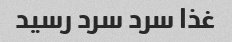
غذا سرد سرد رسید